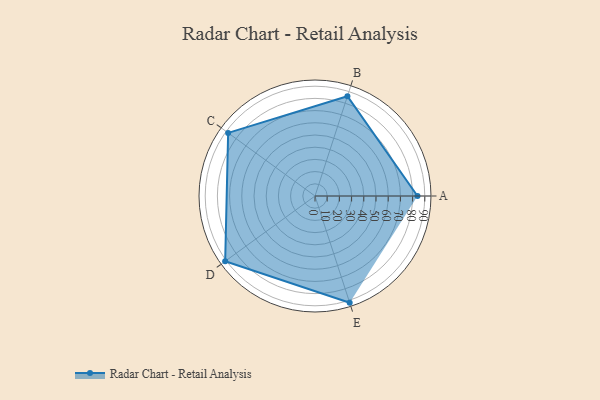
{"axis": {"x": "Skill", "y": "Score"}, "legend": ["Profile"], "data": [{"x": "A", "y": 84.0, "type": "Profile"}, {"x": "B", "y": 86.0, "type": "Profile"}, {"x": "C", "y": 88.0, "type": "Profile"}, {"x": "D", "y": 91.0, "type": "Profile"}, {"x": "E", "y": 92.0, "type": "Profile"}]}